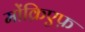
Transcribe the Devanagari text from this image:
मोंक्रिएफ़